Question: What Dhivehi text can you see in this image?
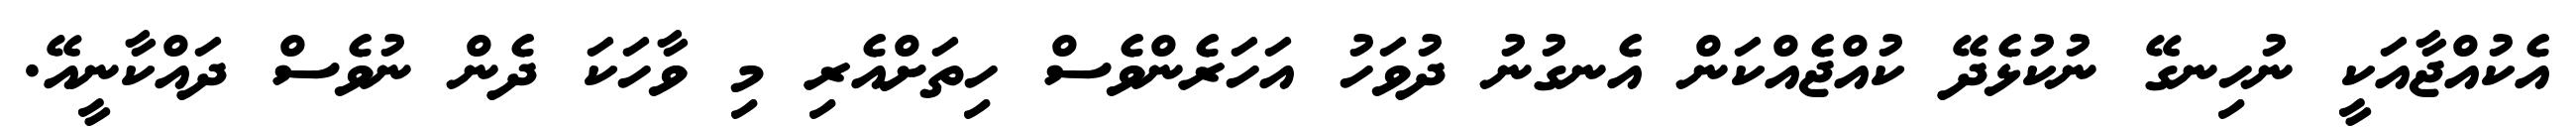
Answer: އެކުއްޖާއަކީ ނުހިނގޭ ނުކުޅެދޭ ކުއްޖެއްކަން އެނގުނު ދުވަހު އަހަރެންވެސް ހިތަށްއެރި މި ވާހަކަ ދެން ނުވެސް ދައްކާނީއޭ.